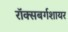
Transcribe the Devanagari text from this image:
रॉक्सबर्गशायर